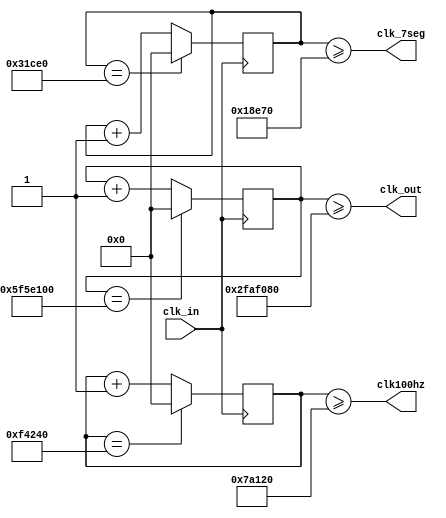
module clockdivider(
  input clk_in,
  output clk_out,
  output clk100hz,
  output clk_7seg);
  
  reg [31:0] counter1=0;
  reg [31:0] counter2=0;
  reg [31:0] counter3=0;
  
  always@(posedge clk_in)
  begin
    counter1 <= (counter1==100000000)? 0:(counter1+1);
	 // for simulation
	 //counter1 <=(counter1==1)? 0:1;
	 counter2 <= (counter2==204000)? 0:(counter2+1);
	 counter3<=(counter3==1000000)?0:(counter3+1);
  end
  
  assign clk_out = (counter1>=50000000);
  //assign clk_out = counter1;
  assign clk_7seg=(counter2>=102000);
  assign clk100hz=(counter3>=500000);
  

endmodule